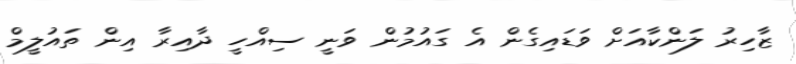
ޒާހިރު ލަންކާއަށް ވަޑައިގެން އެ ގައުމުން ވަނީ ސިއްހީ ދާއިރާ އިން ތައުލީމް